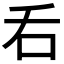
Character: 𠮮